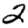
Digit: 2